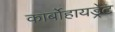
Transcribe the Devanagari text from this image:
कार्बोहायड्रेट